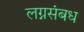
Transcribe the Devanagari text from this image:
लग्नसंबध